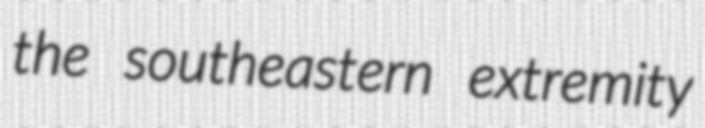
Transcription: the southeastern extremity